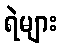
ရဲများ